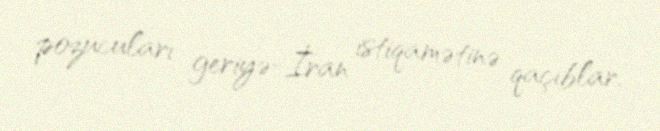
pozucuları geriyə-İran istiqamətinə qaçıblar.